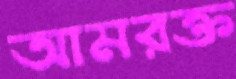
আমরক্ত